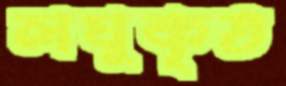
লঘুকৃত